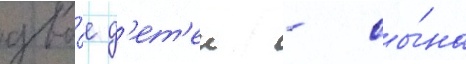
дво́е д'ет'еи - сы́на